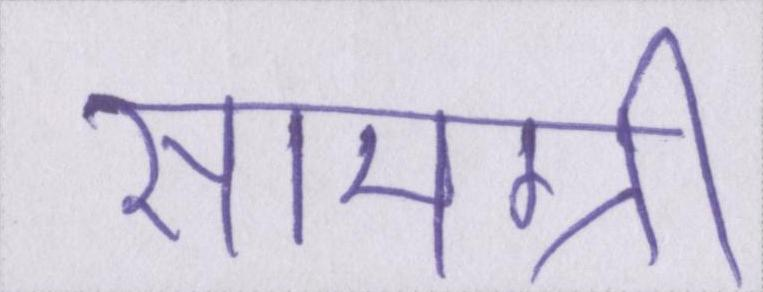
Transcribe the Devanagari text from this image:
सामग्री